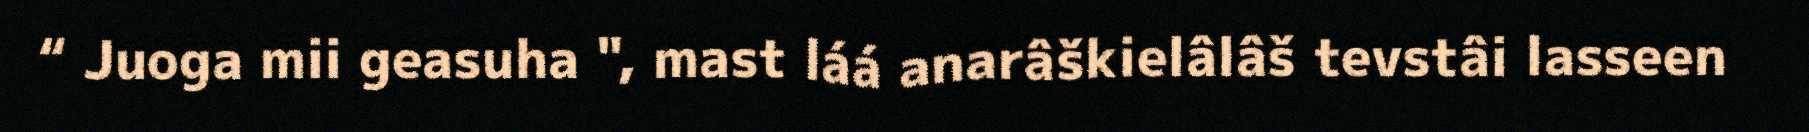
“ Juoga mii geasuha ", mast láá anarâškielâlâš tevstâi lasseen